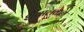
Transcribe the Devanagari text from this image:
शैवालवाले